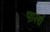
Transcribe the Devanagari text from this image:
पार्ला